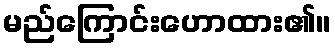
မည်ကြောင်းဟောထား၏။